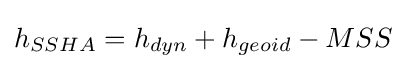
h_{SSHA}=h_{dyn}+h_{geoid}-MSS